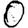
Digit: 0